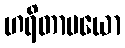
ဟရိတာမယော